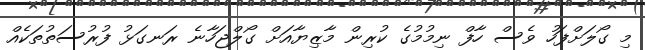
މި ގޯލަށްފަހު ވެސް ހާފް ނިމުމުގެ ކުރިން މާޒިޔާއަށް ގޯލްޖަހާނެ ރަނގަޅު ފުރުސަތުތަކެއް